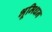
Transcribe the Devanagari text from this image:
भूमिधन